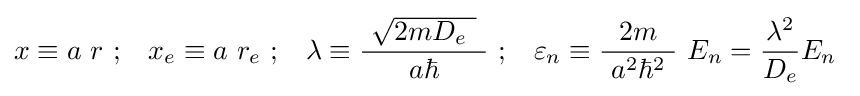
x\equiv a\ r\ {\text{;}}\quad x_{e}\equiv a\ r_{e}\ {\text{;}}\quad \lambda \equiv {\frac {\ {\sqrt {2mD_{e}\ }}\ }{a\hbar }}\ {\text{;}}\quad \varepsilon _{n}\equiv {\frac {2m}{\ a^{2}\hbar ^{2}\ }}\ E_{n}={\frac {\lambda ^{2}}{D_{e}}}E_{n}~